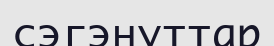
сэгэнуттар